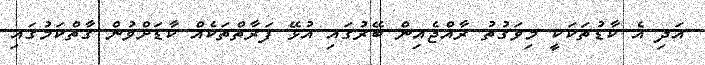
އަދި އެ ކާޑުތަކަކީ މިވަގުތު ރާއްޖެއިން ބޭރުގައި އުޅޭ ފަރާތްތަކެއް ކާޑަށްވުން ގާތްކަމުގައި